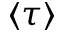
\langle \tau \rangle